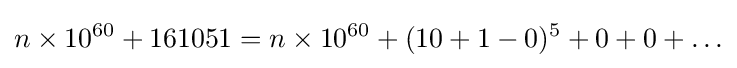
n\times 10^{60}+161051=n\times 10^{60}+(10+1-0)^{5}+0+0+\ldots